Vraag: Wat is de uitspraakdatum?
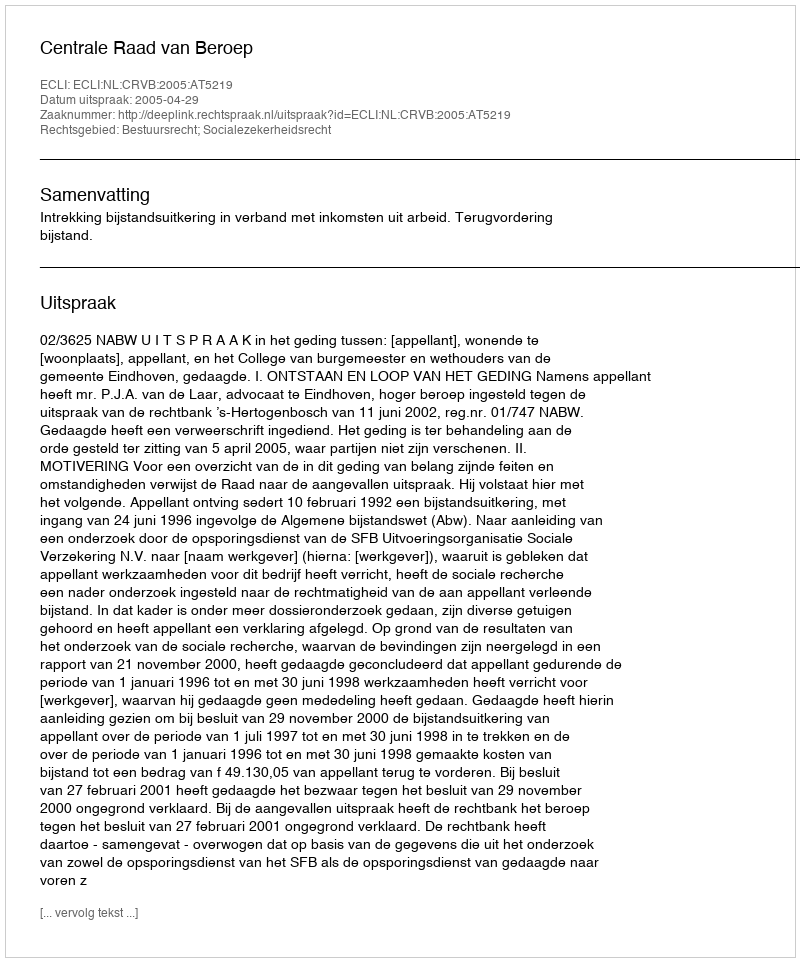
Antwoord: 2005-04-29